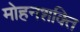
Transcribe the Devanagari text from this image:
मोहनशक्ति